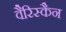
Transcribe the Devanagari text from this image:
वैरिस्कैन